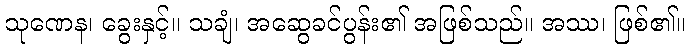
သုဏေန၊ ခွေးနှင့်။ သချံ၊ အဆွေခင်ပွန်း၏ အဖြစ်သည်။ အဿ၊ ဖြစ်၏။